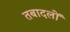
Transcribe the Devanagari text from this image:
तबादलों